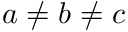
a \neq b \neq c